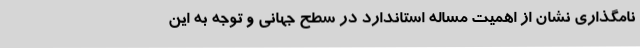
نامگذاری نشان از اهمیت مساله استاندارد در سطح جهانی و توجه به این